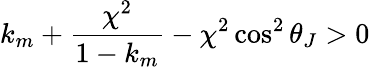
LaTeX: k_{m}+\frac{\chi^{2}}{1-k_{m}}-\chi^{2}\cos^{2}\theta_{J}>0